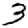
Digit: 3